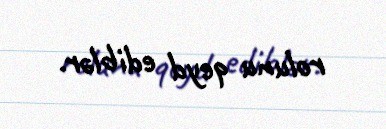
rolunu qeyd ediblər.